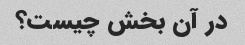
در آن بخش چیست؟